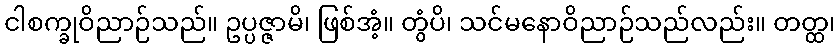
ငါစက္ခုဝိညာဉ်သည်။ ဥပ္ပဇ္ဇာမိ၊ ဖြစ်အံ့။ တွံပိ၊ သင်မနောဝိညာဉ်သည်လည်း။ တတ္ထ၊